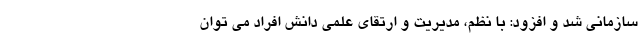
سازمانی شد و افزود: با نظم، مدیریت و ارتقای علمی دانش افراد می توان